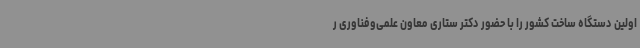
اولین دستگاه ساخت کشور را با حضور دکتر ستاری معاون علمی‌وفناوری ر